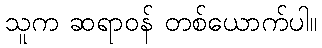
သူက ဆရာဝန် တစ်ယောက်ပါ။